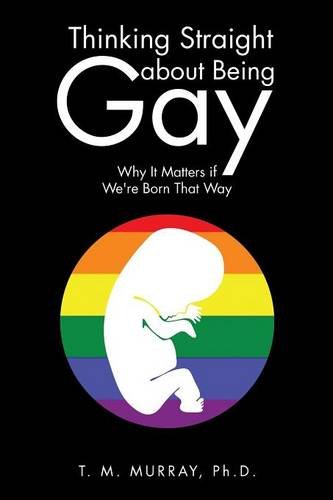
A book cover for Thinking Straight About Being Gay: Why It Matters if We're Born That Way; T. M. Murray PhD; Literature & Fiction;